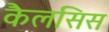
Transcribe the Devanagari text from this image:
कैलसिस